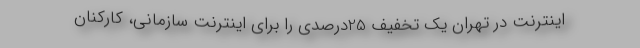
اینترنت در تهران یک تخفیف 25درصدی را برای اینترنت سازمانی، کارکنان